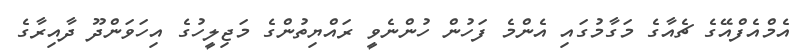
އެމްއެފްއޭގެ ޗެއާގެ މަގާމުގައި އެންމެ ފަހުން ހުންނެވީ ރައްޔިތުންގެ މަޖިލީހުގެ އިހަވަންދޫ ދާއިރާގެ